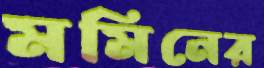
মমিনের